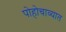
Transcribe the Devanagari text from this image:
पोहोचाव्यात